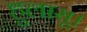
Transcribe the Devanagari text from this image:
हुलासू।